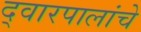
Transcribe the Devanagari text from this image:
द्वारपालांचे